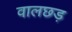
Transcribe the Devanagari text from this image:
वालछड़